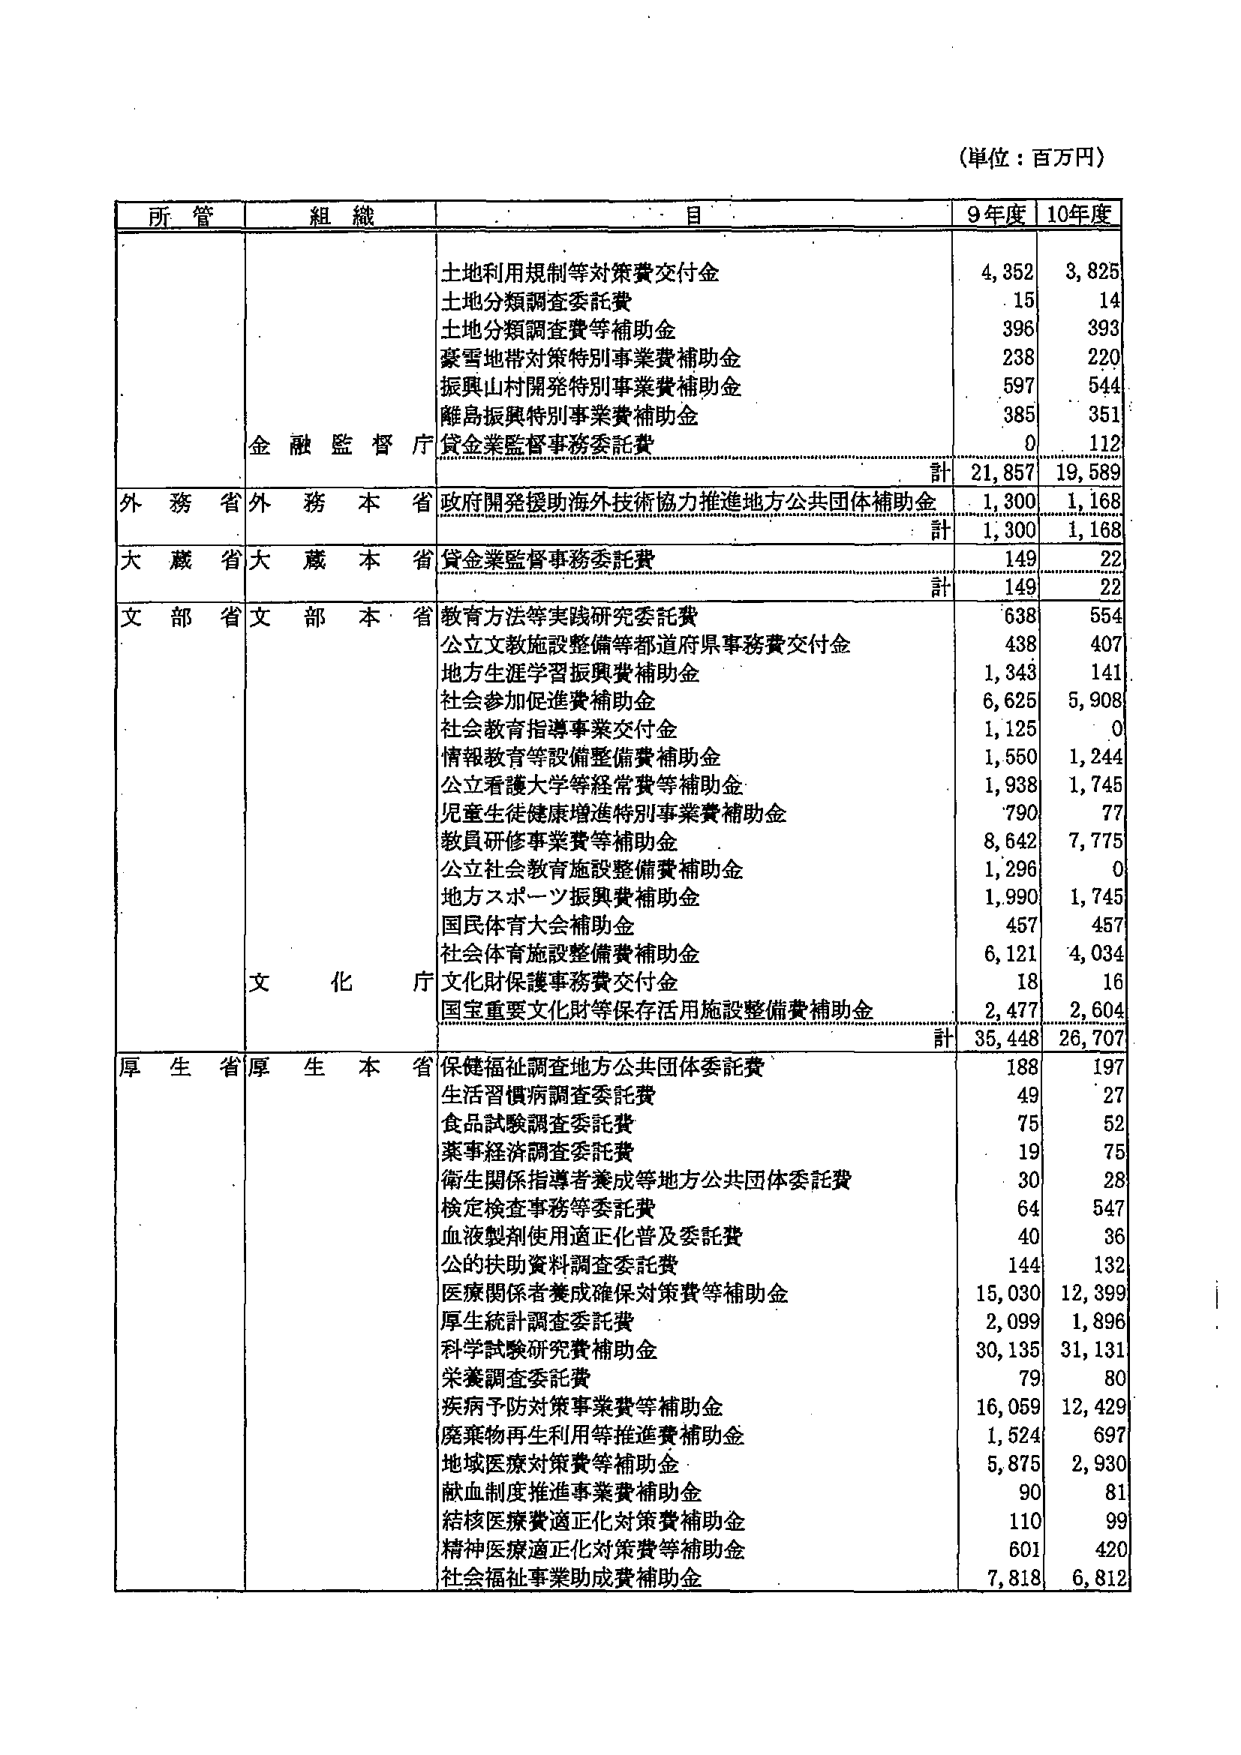
(単位：百万円)

所管	組織	目	9年度	10年度
		土地利用規制等対策費交付金	4,352	3,825
		土地分類調査委託費	15	14
		土地分類調査費等補助金	396	393
		豪雪地帯対策特別事業費補助金	238	220
		振興山村開発特別事業費補助金	597	544
		離島振興特別事業費補助金	385	351
金融監督庁	貸金業監督事務委託費	0	112
		計	21,857	19,589
外務省	外務本省	政府開発援助海外技術協力推進地方公共団体補助金	1,300	1,168
		計	1,300	1,168
大蔵省	大蔵本省	貸金業監督事務委託費	149	22
		計	149	22
文部省	文部本省	教育方法等実践研究委託費	638	554
		公立文教施設整備等都道府県事務費交付金	438	407
		地方生涯学習振興費補助金	1,343	141
		社会参加促進費補助金	6,625	5,908
		社会教育指導事業交付金	1,125	0
		情報教育等設備整備費補助金	1,550	1,244
		公立看護大学等経常費等補助金	1,938	1,745
		児童生徒健康増進特別事業費補助金	790	77
		教員研修事業費等補助金	8,642	7,775
		公立社会教育施設整備費補助金	1,296	0
		地方スポーツ振興費補助金	1,990	1,745
		国民体育大会補助金	457	457
		社会体育施設整備費補助金	6,121	4,034
		文化財保護事務費交付金	18	16
文化庁	国宝重要文化財等保存活用施設整備費補助金	2,477	2,604
		計	35,448	26,707
厚生省	厚生本省	保健福祉調査地方公共団体委託費	188	197
		生活習慣病調査委託費	49	27
		食品試験調査委託費	75	52
		薬事経済調査委託費	19	75
		衛生関係指導者養成等地方公共団体委託費	30	28
		検定検査事務等委託費	64	547
		血液製剤使用適正化普及委託費	40	36
		公的扶助資料調査委託費	144	132
		医療関係者養成確保対策費等補助金	15,030	12,399
		厚生統計調査委託費	2,099	1,896
		科学試験研究費補助金	30,135	31,131
		栄養調査委託費	79	80
		疾病予防対策事業費等補助金	16,059	12,429
		廃棄物再生利用等推進費補助金	1,524	697
		地域医療対策費等補助金	5,875	2,930
		献血制度推進事業費補助金	90	81
		結核医療費適正化対策費補助金	110	99
		精神医療適正化対策費等補助金	601	420
		社会福祉事業助成費補助金	7,818	6,812